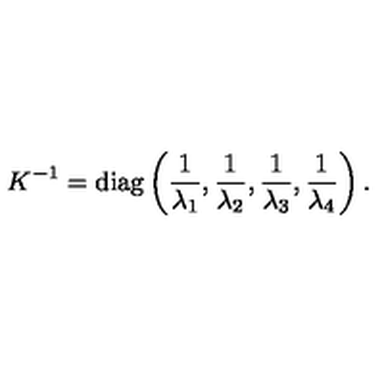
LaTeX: K ^ { - 1 } = \mathrm { d i a g } \left( { \frac { 1 } { \lambda _ { 1 } } } , { \frac { 1 } { \lambda _ { 2 } } } , { \frac { 1 } { \lambda _ { 3 } } } , { \frac { 1 } { \lambda _ { 4 } } } \right) .